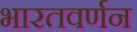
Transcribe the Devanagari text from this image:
भारतवर्णन